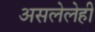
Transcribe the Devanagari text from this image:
असलेलेही